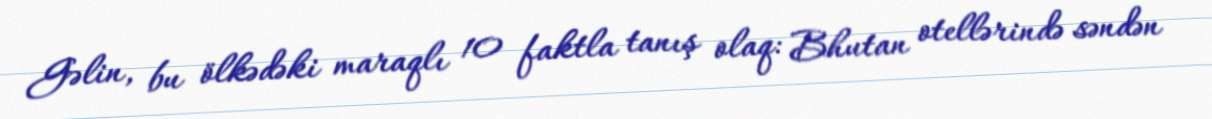
Gəlin, bu ölkədəki maraqlı 10 faktla tanış olaq: Bhutan otellərində səndən